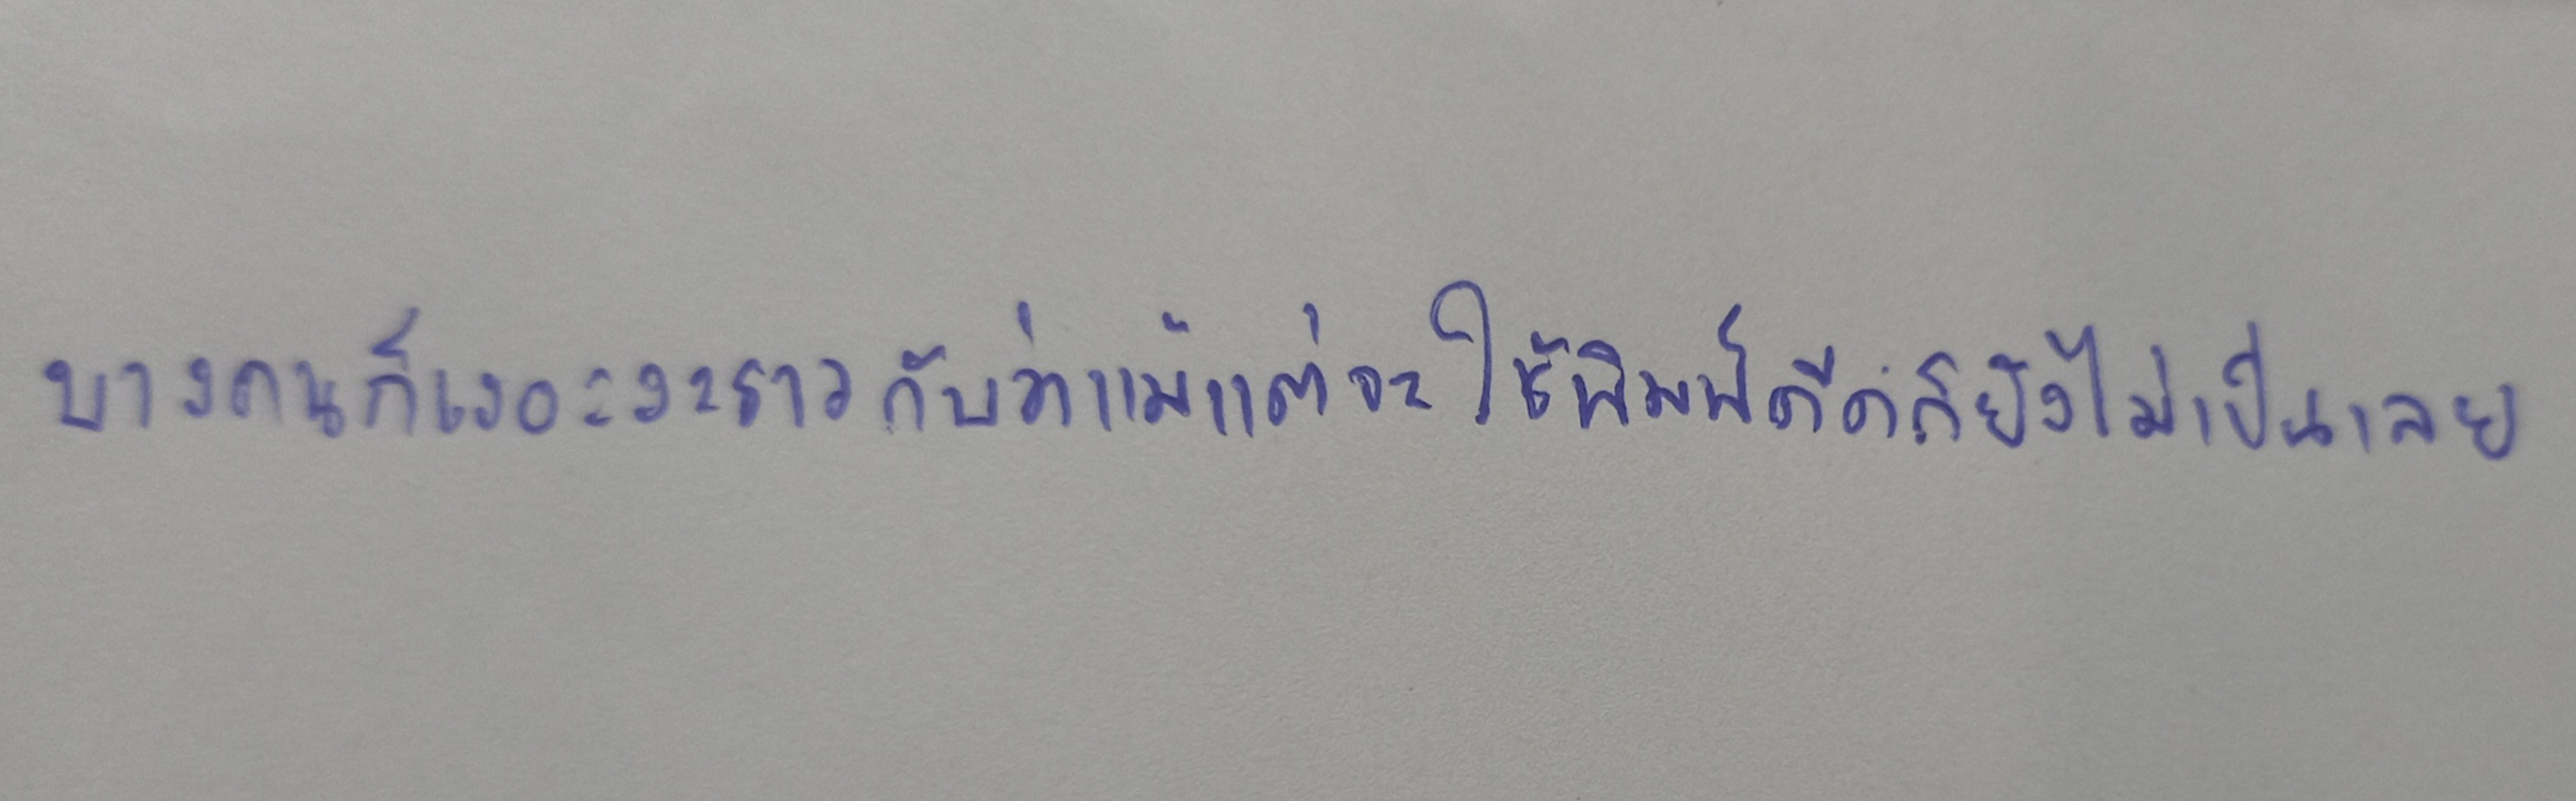
บางคนก็เงอะงะราวกับว่าแม้แต่จะใช้พิมพ์ดีดก็ยังไม่เป็นเลย